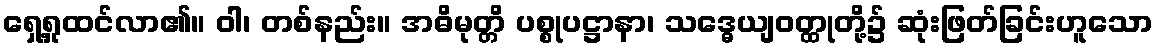
ရှေ့ရှုထင်လာ၏။ ဝါ၊ တစ်နည်း။ အဓိမုတ္တိ ပစ္စုပဋ္ဌာနာ၊ သဒ္ဓေယျဝတ္ထုတို့၌ ဆုံးဖြတ်ခြင်းဟူသော